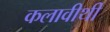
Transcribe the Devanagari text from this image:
कलावीथी